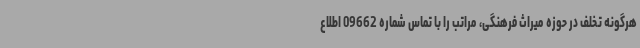
هرگونه تخلف در حوزه میراث فرهنگی، مراتب را با تماس شماره 09662 اطلاع